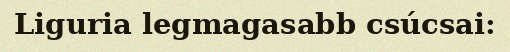
Liguria legmagasabb csúcsai: